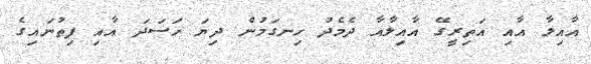
އާއިލާ އާއި އަތިރީގޭ އާއިލާއާ ދެމެދު ހިނގަމުން ދިޔަ ހަސަދަ އާއި ފިތުނައިގެ